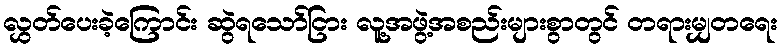
လွှတ်ပေးခဲ့ကြောင်း ဆွဲရသော်ငြား လူ့အဖွဲ့အစည်းများစွာတွင် တရားမျှတရေး